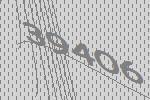
39406